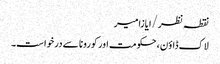
نقطہ نظر/ایازامیر
لاک ڈاؤن، حکومت اور کورونا سے درخواست۔